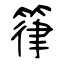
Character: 箻